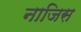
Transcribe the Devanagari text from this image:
नाजिस